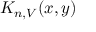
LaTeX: K _ { n , V } ( x , y )